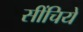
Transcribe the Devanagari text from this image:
सींचिये